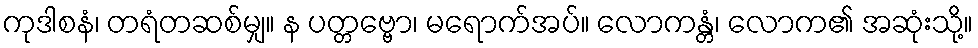
ကုဒါစနံ၊ တရံတဆစ်မျှ။ န ပတ္တဗ္ဗော၊ မရောက်အပ်။ လောကန္တံ၊ လောက၏ အဆုံးသို့။